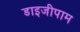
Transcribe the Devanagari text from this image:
डाइजीपाम